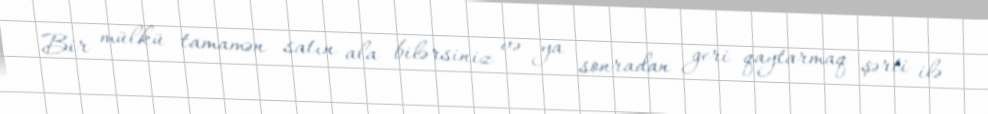
Bir mülkü tamamən satın ala bilərsiniz və ya sonradan geri qaytarmaq şərti ilə